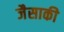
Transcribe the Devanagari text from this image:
जैसाकी